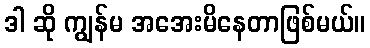
ဒါ ဆို ကျွန်မ အအေးမိနေတာဖြစ်မယ်။